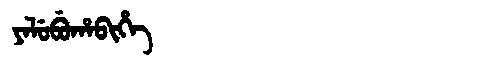
Manchu: ᠶᠠᠯᡠᠪᡠᡥᠠᠪᡳᡥᡝ
Romanization: YALUBUHABIHE